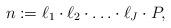
LaTeX: \begin{align*}n:=\ell_1\cdot \ell_2\cdot \ldots \cdot \ell_J\cdot P, \end{align*}